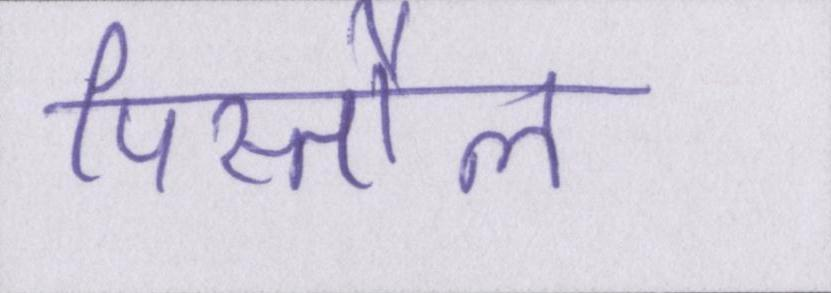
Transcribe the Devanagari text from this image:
पिस्तौल